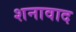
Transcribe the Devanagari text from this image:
शनावाद